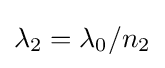
\lambda _{2}=\lambda _{0}/n_{2}